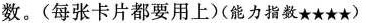
数。(每张卡片都要用上)(能力指数★★★★)